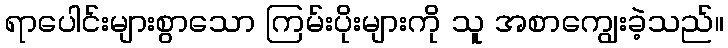
ရာပေါင်းများစွာသော ကြမ်းပိုးများကို သူ အစာကျွေးခဲ့သည်။